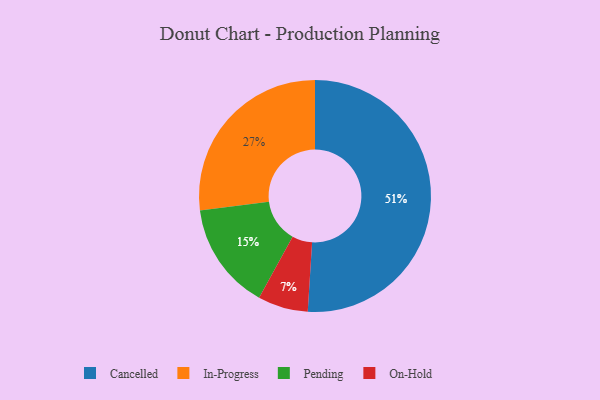
{"axis": {"x": "Category", "y": "Percentage"}, "legend": ["Cancelled", "In-Progress", "On-Hold", "Pending"], "data": [{"x": "Cancelled", "y": 51, "type": "Cancelled"}, {"x": "On-Hold", "y": 7, "type": "On-Hold"}, {"x": "Pending", "y": 15, "type": "Pending"}, {"x": "In-Progress", "y": 27, "type": "In-Progress"}]}